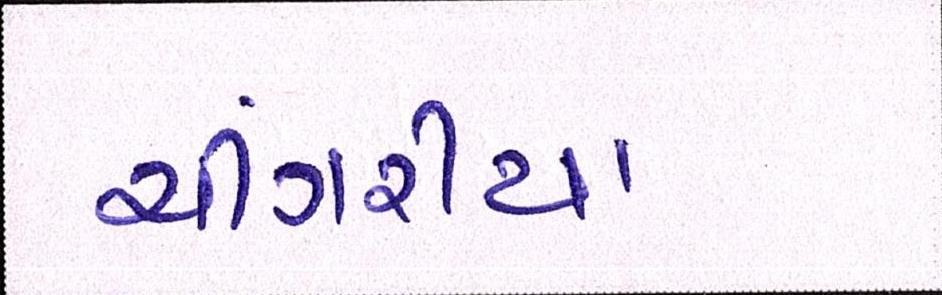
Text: ચીંગરીયા